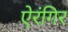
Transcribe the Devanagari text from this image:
ऐरंगिर